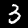
Digit: 3